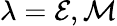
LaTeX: \lambda=\mathcal{E},\mathcal{M}